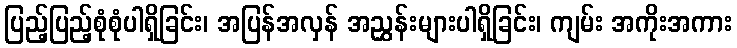
ပြည့်ပြည့်စုံစုံပါရှိခြင်း၊ အပြန်အလှန် အညွှန်းများပါရှိခြင်း၊ ကျမ်း အကိုးအကား